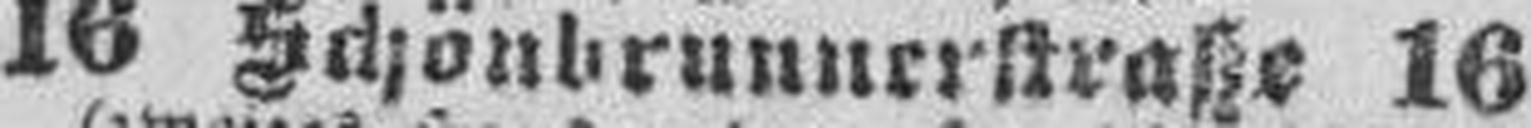
16 Schönbrunnerstraße 16